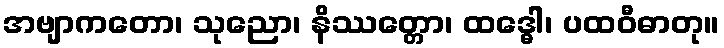
အဗျာကတော၊ သုညော၊ နိဿတ္တော၊ ထဒ္ဓေါ၊ ပထဝီဓာတု။